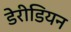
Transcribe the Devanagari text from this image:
डेरीडियन